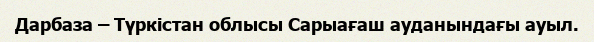
Дарбаза – Түркістан облысы Сарыағаш ауданындағы ауыл.